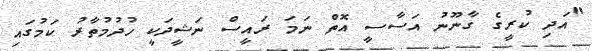
"އަދި ކުރީގެ ގާނޫނު އަސާސީ އޮތް ނަމަ ރައީސް ނަޝީދަކީ ހުދުމުތާރު ކަމުގައި